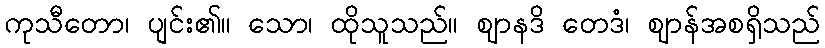
ကုသီတော၊ ပျင်း၏။ သော၊ ထိုသူသည်။ ဈာနဒိ တေဒံ၊ ဈာန်အစရှိသည်